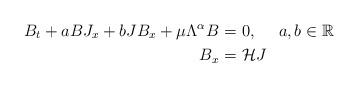
LaTeX: \begin{align*}B_t+aB J_x+bJ B_x+\mu\Lambda^\alpha B=&\ 0, \ \ \ \ a, b\in \mathbb R\\B_x=&\ \mathcal H J\end{align*}